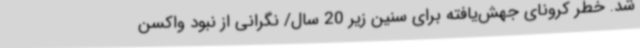
شد. خطر کرونای جهش‌یافته برای سنین زیر 20 سال/ نگرانی از نبود واکسن